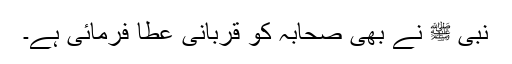
نبی ﷺ نے بھی صحابہ کو قربانی عطا فرمائی ہے۔